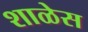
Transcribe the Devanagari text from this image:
शाळेस